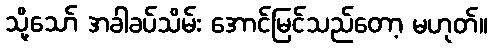
သို့သော် အခါခပ်သိမ်း အောင်မြင်သည်တော့ မဟုတ်။